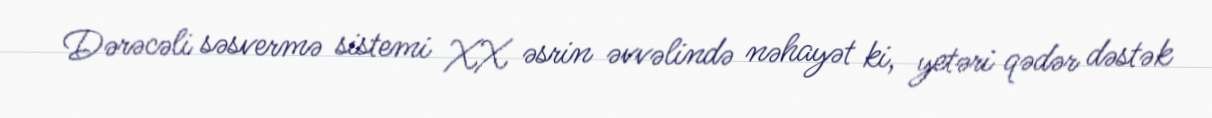
Dərəcəli səsvermə sistemi XX əsrin əvvəlində nəhayət ki, yetəri qədər dəstək